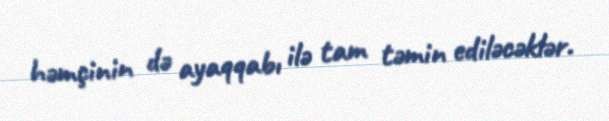
həmçinin də ayaqqabı ilə tam təmin ediləcəklər.